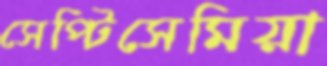
সেপ্টিসেমিয়া